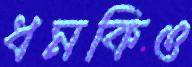
ধমকিও